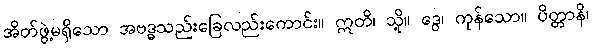
အိတ်ဖွဲ့မရှိသော အဗဒ္ဓသည်းခြေလည်းကောင်း။ ဣတိ၊ သို့။ ဒွေ၊ ကုန်သော။ ပိတ္တာနိ၊